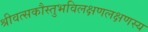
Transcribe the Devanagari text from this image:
श्रीवत्सकौस्तुभविलक्षणलक्षणस्य